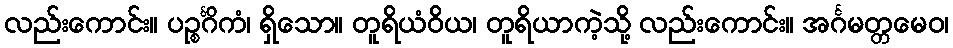
လည်းကောင်း။ ပဉ္စင်္ဂိကံ၊ ရှိသော။ တူရိယံဝိယ၊ တူရိယာကဲ့သို့ လည်းကောင်း။ အင်္ဂမတ္တမေဝ၊